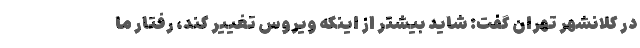
در کلانشهر تهران گفت: شاید بیشتر از اینکه ویروس تغییر کند، رفتار ما